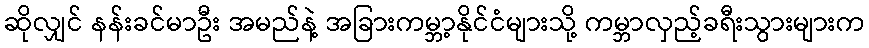
ဆိုလျှင် နန်းခင်မာဦး အမည်နဲ့ အခြားကမ္ဘာ့နိုင်ငံများသို့ ကမ္ဘာလှည့်ခရီးသွားများက